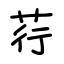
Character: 荇